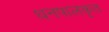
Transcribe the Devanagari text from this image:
धनपालकृत